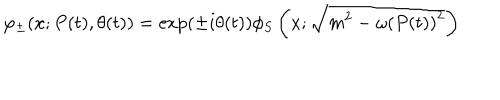
\varphi _ { \pm } ( x ; P ( t ) , \theta ( t ) ) = \exp ( \pm i \theta ( t ) ) \phi _ { S } \left( x ; \sqrt { m ^ { 2 } - \omega \left( P ( t ) \right) ^ { 2 } } \right)